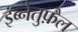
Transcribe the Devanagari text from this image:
इब्नेतुफ़ैल